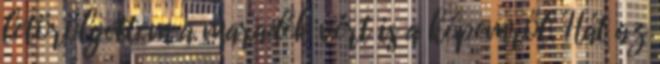
letörölgettem a maradék vért is a képemről. Hát az